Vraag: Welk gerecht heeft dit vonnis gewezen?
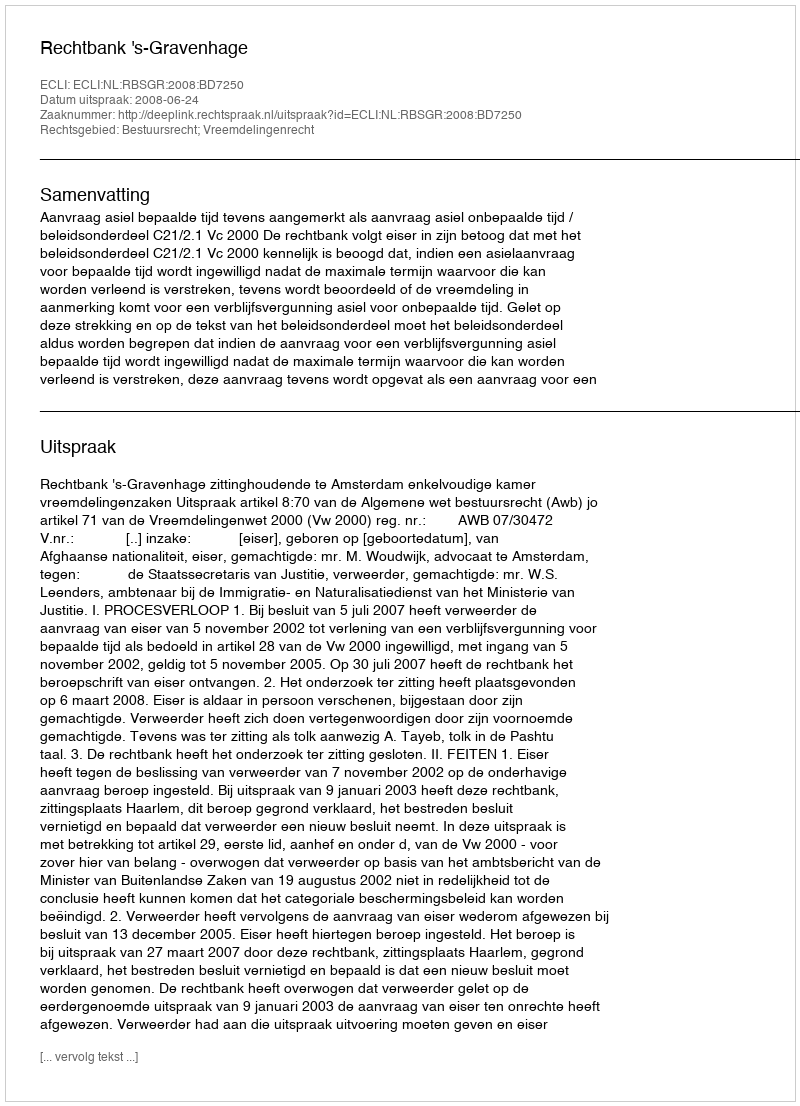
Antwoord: Rechtbank 's-Gravenhage